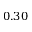
0 . 3 0